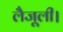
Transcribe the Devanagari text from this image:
लैजूली।